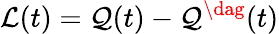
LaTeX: \mathcal{L}(t)=\mathcal{Q}(t)-\mathcal{Q}^{\dag}(t)